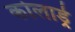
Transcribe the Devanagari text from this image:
कोलार्ड्र